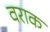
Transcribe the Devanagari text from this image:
वराक